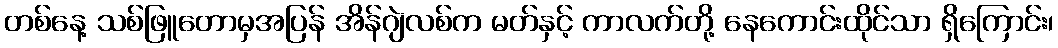
တစ်နေ့ သစ်ဖြူတောမှအပြန် အိန်ဂျဲလစ်က မတ်နှင့် ကာလက်တို့ နေကောင်းထိုင်သာ ရှိကြောင်း၊